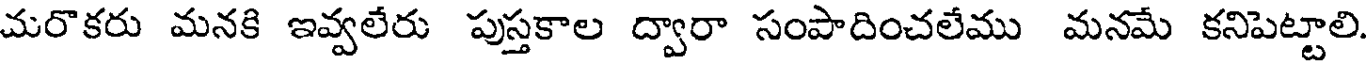
మరొకరు మనకి ఇవ్వలేరు పుస్తకాల ద్వారా సంపాదించలేము మనమే కనిపెట్టాలి.